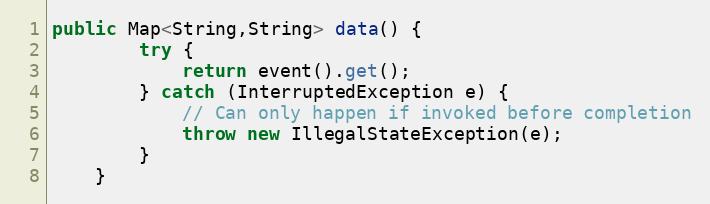
Language: Java
public Map<String,String> data() {
		try {
			return event().get();
		} catch (InterruptedException e) {
			// Can only happen if invoked before completion
			throw new IllegalStateException(e);
		}
	}